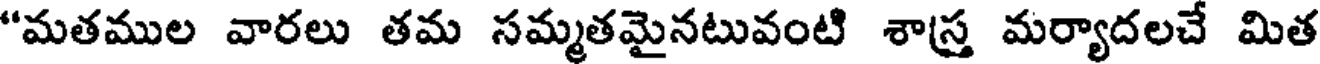
"మతముల వారలు తమ సమ్మతమైనటువంటి శాస్త మర్యాదలచే మిత